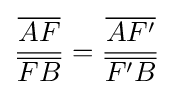
{\frac {\overline {AF}}{\overline {FB}}}={\frac {\overline {AF'}}{\overline {F'B}}}